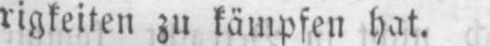
rigkeiten zu kämpfen hat.